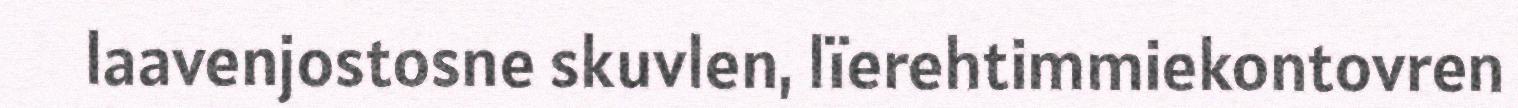
laavenjostosne skuvlen, lïerehtimmiekontovren